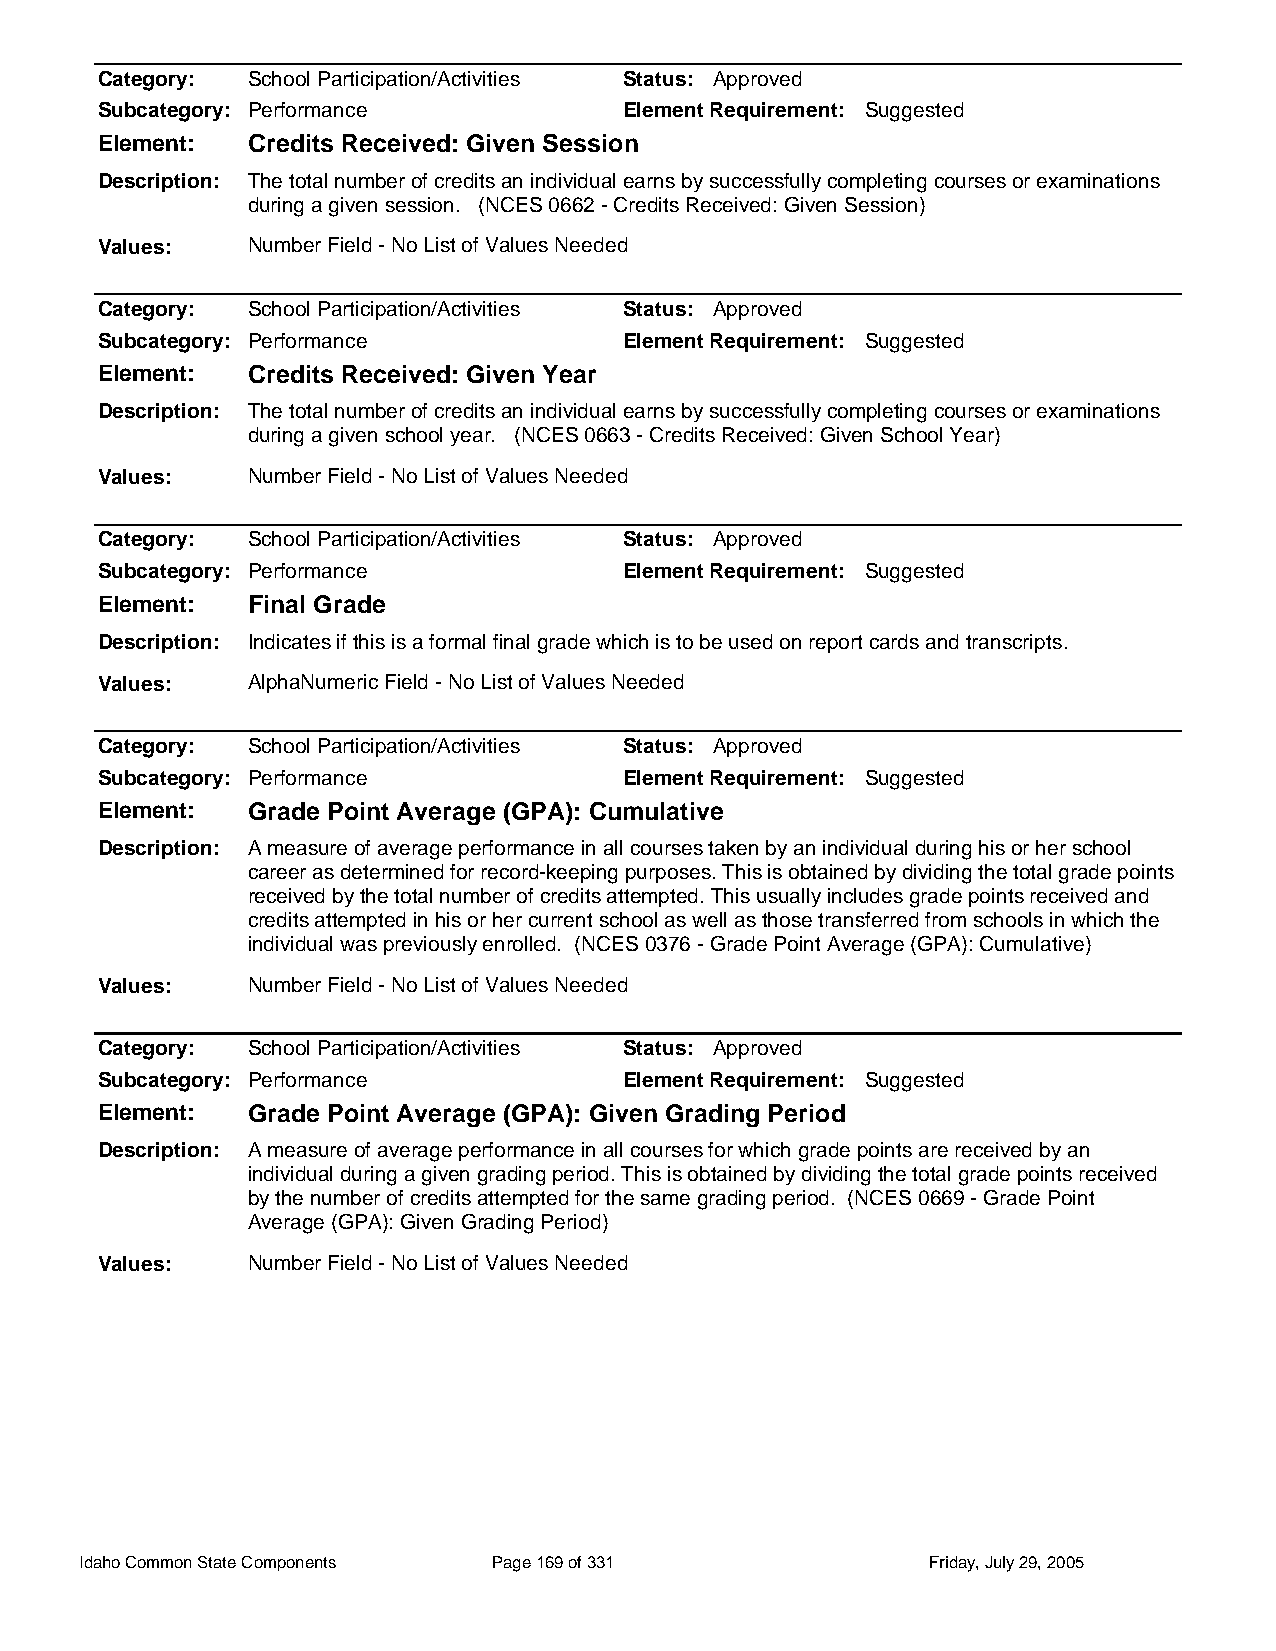
Category: School Participation/Activities Status: Approved
 Subcategory: Performance           Element Requirement: Suggested
 Element:  Credits Received: Given Session
 Description: The total number of credits an individual earns by successfully completing courses or examinations
 during a given session. (NCES 0662 - Credits Received: Given Session)
 Values:   Number Field - No List of Values Needed
 Category: School Participation/Activities Status: Approved
 Subcategory: Performance           Element Requirement: Suggested
 Element:  Credits Received: Given Year
 Description: The total number of credits an individual earns by successfully completing courses or examinations
 during a given school year. (NCES 0663 - Credits Received: Given School Year)
 Values:   Number Field - No List of Values Needed
 Category: School Participation/Activities Status: Approved
 Subcategory: Performance           Element Requirement: Suggested
 Element:  Final Grade
 Description: Indicates if this is a formal final grade which is to be used on report cards and transcripts.
 Values:   AlphaNumeric Field - No List of Values Needed
 Category: School Participation/Activities Status: Approved
 Subcategory: Performance           Element Requirement: Suggested
 Element:  Grade Point Average (GPA): Cumulative
 Description: A measure of average performance in all courses taken by an individual during his or her school
 career as determined for record-keeping purposes. This is obtained by dividing the total grade points
 received by the total number of credits attempted. This usually includes grade points received and
 credits attempted in his or her current school as well as those transferred from schools in which the
 individual was previously enrolled. (NCES 0376 - Grade Point Average (GPA): Cumulative)
 Values:   Number Field - No List of Values Needed
 Category: School Participation/Activities Status: Approved
 Subcategory: Performance           Element Requirement: Suggested
 Element:  Grade Point Average (GPA): Given Grading Period
 Description: A measure of average performance in all courses for which grade points are received by an
 individual during a given grading period. This is obtained by dividing the total grade points received
 by the number of credits attempted for the same grading period. (NCES 0669 - Grade Point
 Average (GPA): Given Grading Period)
 Values:   Number Field - No List of Values Needed
 Idaho Common State Components Page 169 of 331           Friday, July 29, 2005